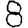
Digit: 8